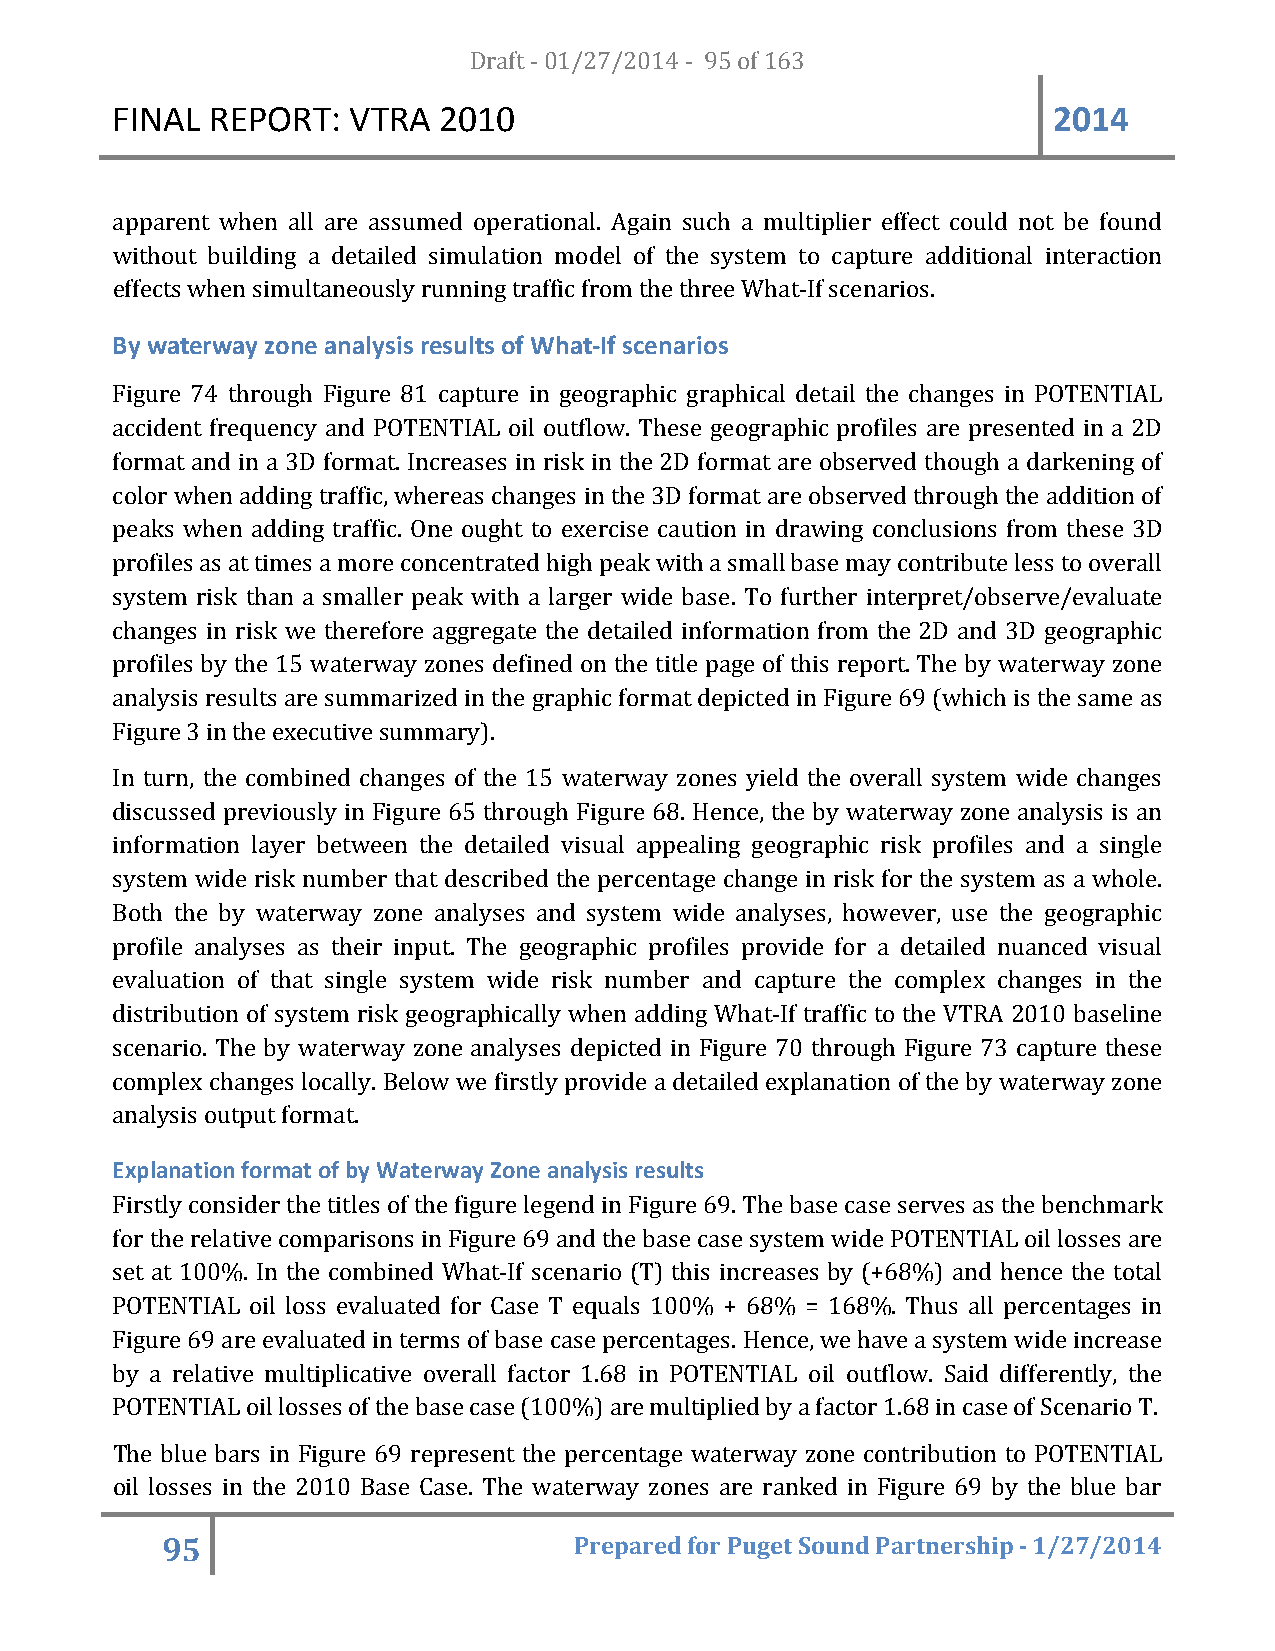
FINAL  REPORT:  VTRA  20D1r0af t - 01/27/2014 - 95 of 163      2014
 apparent when all are assumed operational. Again such a multiplier effect could not be found
 without building a detailed simulation model of the system to capture additional interaction
 effects when simultaneously running traffic from the three What-If scenarios.
 By waterway zone analysis results of What-If scenarios
 Figure 74 through Figure 81 capture in geographic graphical detail the changes in POTENTIAL
 accident frequency and POTENTIAL oil outflow. These geographic profiles are presented in a 2D
 format and in a 3D format. Increases in risk in the 2D format are observed though a darkening of
 color when adding traffic, whereas changes in the 3D format are observed through the addition of
 peaks when adding traffic. One ought to exercise caution in drawing conclusions from these 3D
 profiles as at times a more concentrated high peak with a small base may contribute less to overall
 system risk than a smaller peak with a larger wide base. To further interpret/observe/evaluate
 changes in risk we therefore aggregate the detailed information from the 2D and 3D geographic
 profiles by the 15 waterway zones defined on the title page of this report. The by waterway zone
 analysis results are summarized in the graphic format depicted in Figure 69 (which is the same as
 Figure 3 in the executive summary).
 In turn, the combined changes of the 15 waterway zones yield the overall system wide changes
 discussed previously in Figure 65 through Figure 68. Hence, the by waterway zone analysis is an
 information layer between the detailed visual appealing geographic risk profiles and a single
 system wide risk number that described the percentage change in risk for the system as a whole.
 Both the by waterway zone analyses and system wide analyses, however, use the geographic
 profile analyses as their input. The geographic profiles provide for a detailed nuanced visual
 evaluation of that single system wide risk number and capture the complex changes in the
 distribution of system risk geographically when adding What-If traffic to the VTRA 2010 baseline
 scenario. The by waterway zone analyses depicted in Figure 70 through Figure 73 capture these
 complex changes locally. Below we firstly provide a detailed explanation of the by waterway zone
 analysis output format.
 Explanation format of by Waterway Zone analysis results
 Firstly consider the titles of the figure legend in Figure 69. The base case serves as the benchmark
 for the relative comparisons in Figure 69 and the base case system wide POTENTIAL oil losses are
 set at 100%. In the combined What-If scenario (T) this increases by (+68%) and hence the total
 POTENTIAL oil loss evaluated for Case T equals 100% + 68% = 168%. Thus all percentages in
 Figure 69 are evaluated in terms of base case percentages. Hence, we have a system wide increase
 by a relative multiplicative overall factor 1.68 in POTENTIAL oil outflow. Said differently, the
 POTENTIAL oil losses of the base case (100%) are multiplied by a factor 1.68 in case of Scenario T.
 The blue bars in Figure 69 represent the percentage waterway zone contribution to POTENTIAL
 oil losses in the 2010 Base Case. The waterway zones are ranked in Figure 69 by the blue bar
 95                         Prepared for Puget Sound Partnership - 1/27/2014